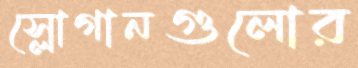
স্লোগানগুলোর